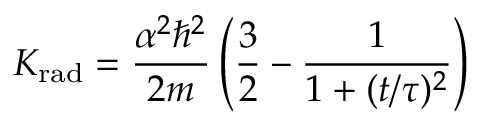
K _ { \mathrm { r a d } } = { \frac { \alpha ^ { 2 } \hbar ^ { 2 } } { 2 m } } \left( { \frac { 3 } { 2 } } - { \frac { 1 } { 1 + ( t / \tau ) ^ { 2 } } } \right)